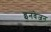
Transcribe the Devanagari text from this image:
इनवेजन